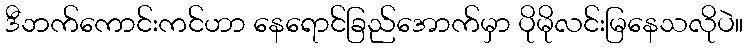
ဒီဘက်ကောင်းကင်ဟာ နေရောင်ခြည်အောက်မှာ ပိုမိုလင်းမြနေသလိုပဲ။